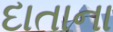
દાતાના